Tartu_linnavalitsus, lk 11
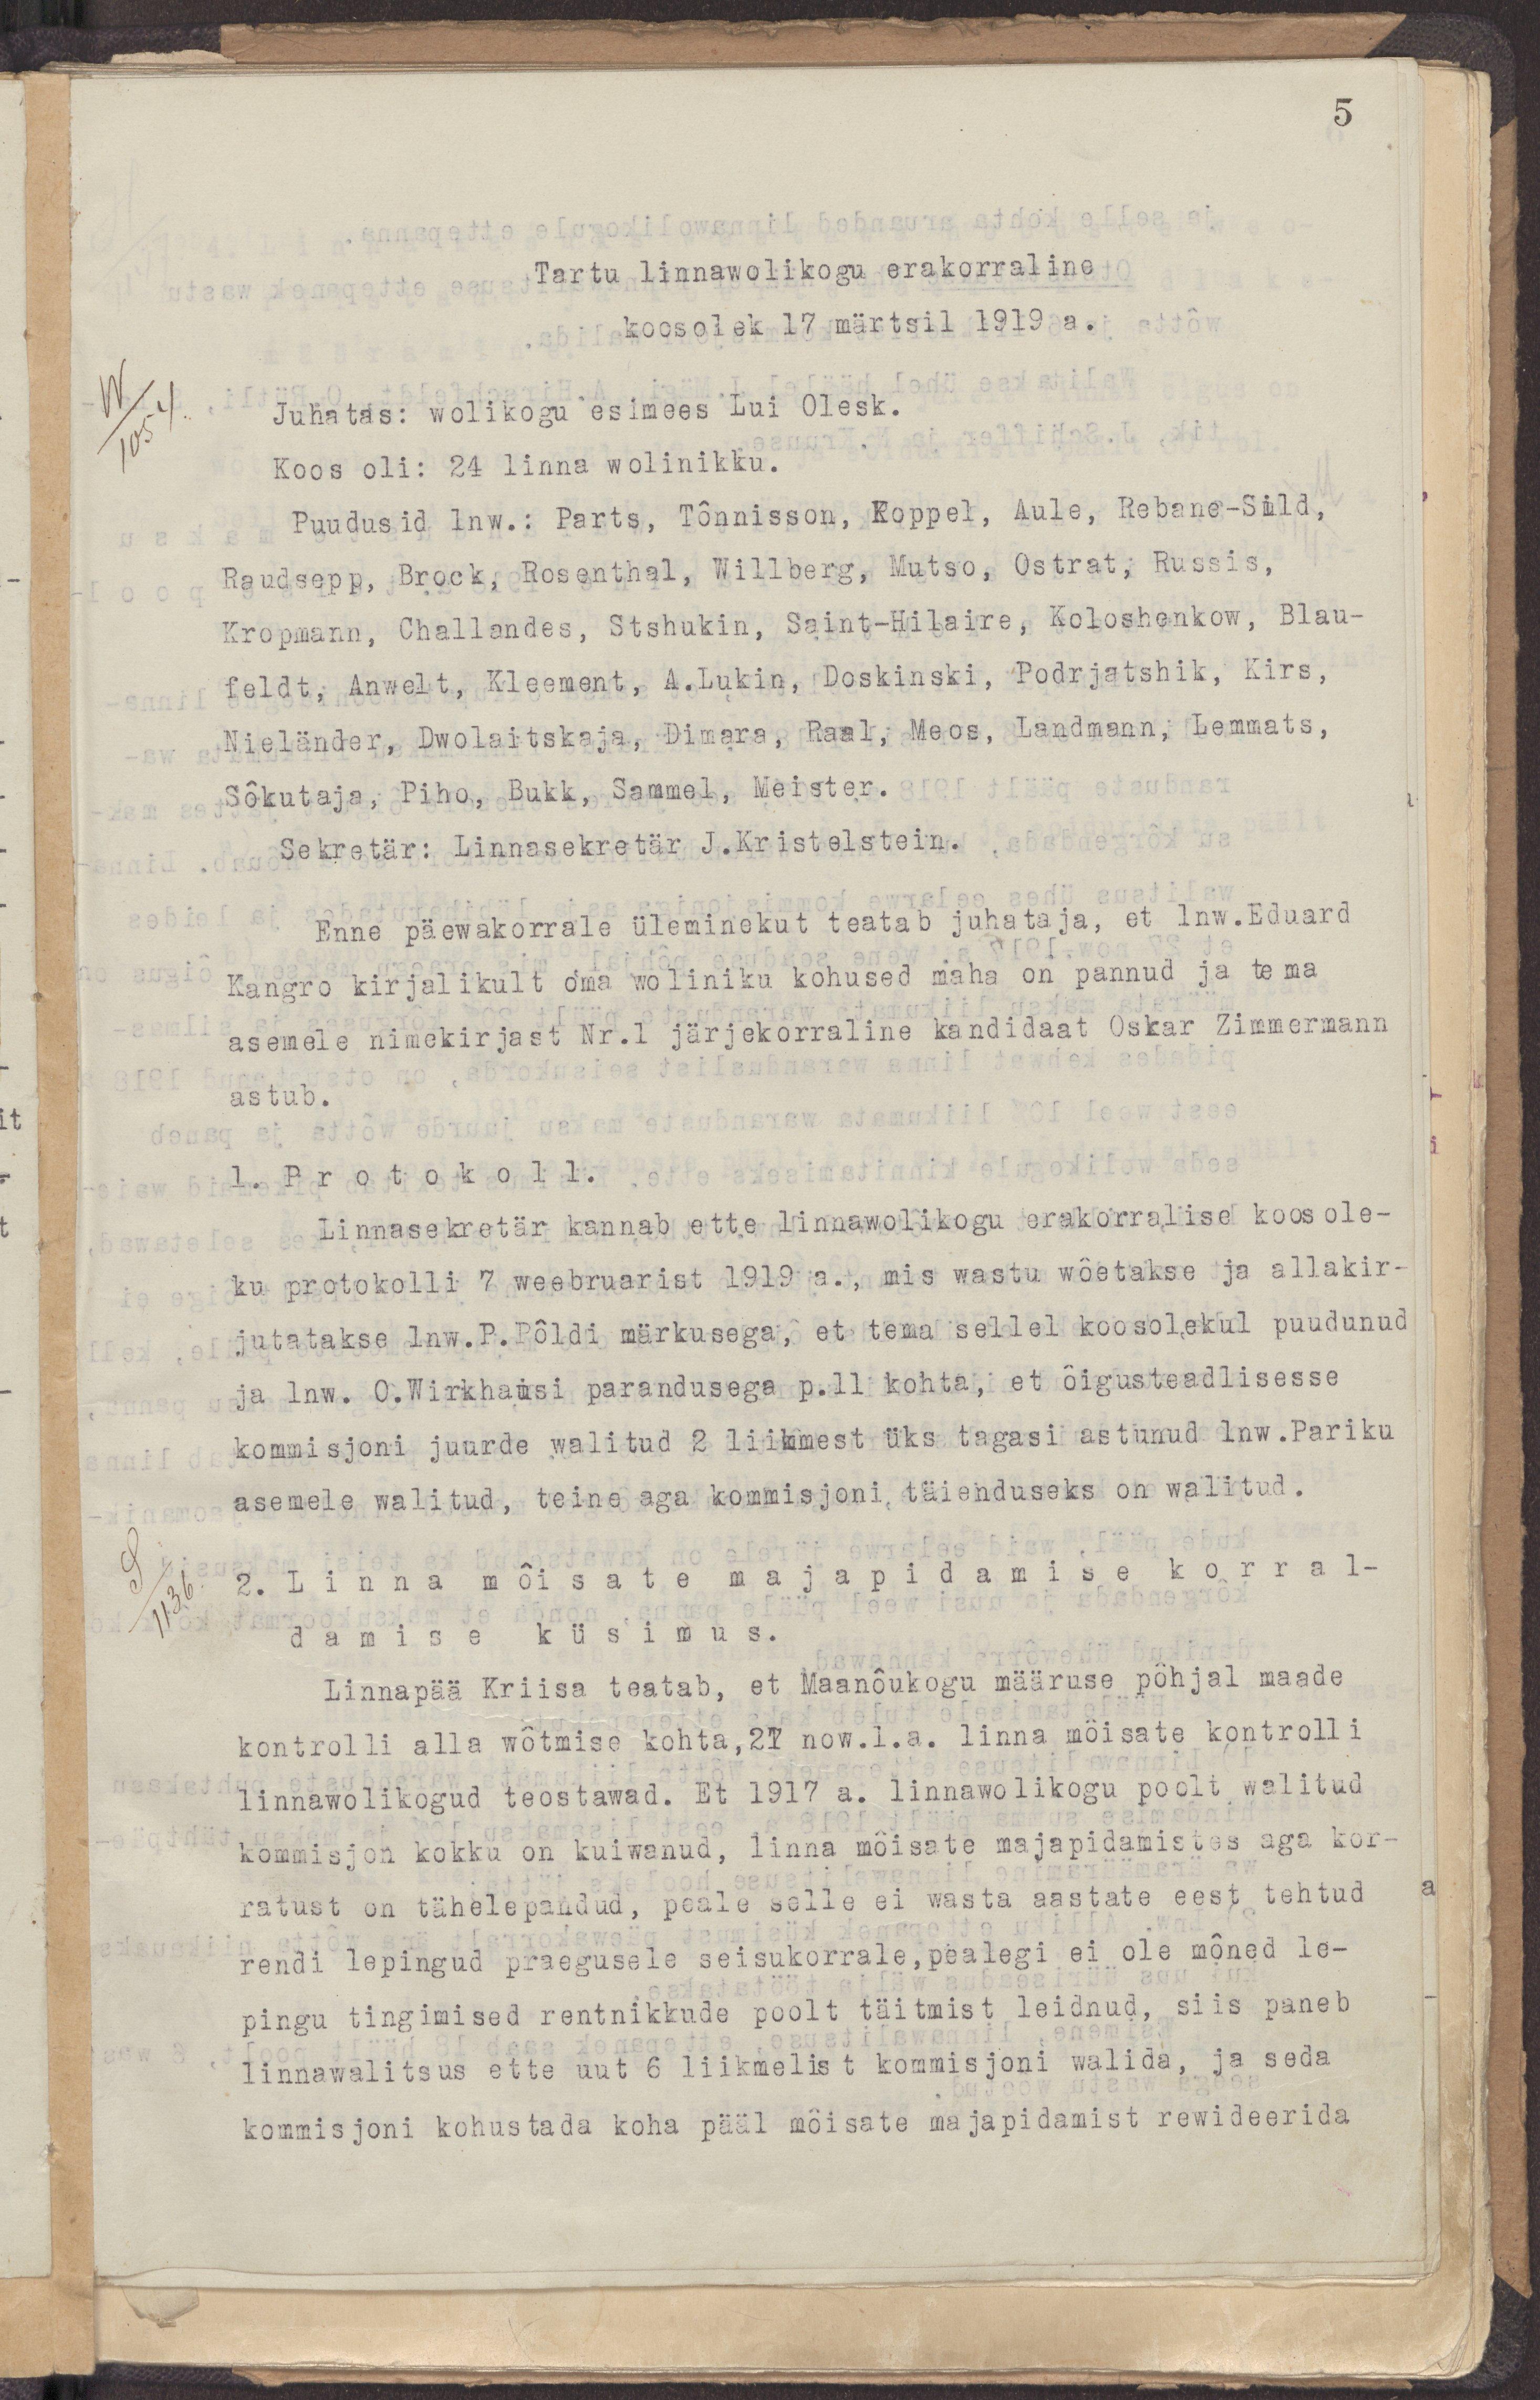
5
Tartu linnawolikogu erakorraline
koosolek 17 märtsil 1919 a.
Juhatas: wolikogu esimees Lui Olesk.
Koos oli: 24 linna wolinikku.
Puudusid lnw.: Parts, Tõnisson, Koppel, Aule, Rebane-Sild,
Raudsepp, Brock, Rosenthal, Willberg, Mutse, Ostrat, Russis,
Kropmann, Challandes, Stshukin, Saint-Hilaire, Koloshenkow, Blau-
feldt, Anwelt, Kleement, A.Lukin, Doskinski, Podrjatshik, Kirs,
Nieländer, Dwolaitskaja, Dimara, Raal, Meos, Landmann, Lemmats,
Sõkutaja, Piho, Bukk, Sammel, Meister.
Sekretär: Linnasekretär J.Kristelstein.
Enne päewakorrale üleminekut teatab juhataja, et lnw.Eduard
Kangro kirjalikult oma woliniku kohused maha on pannud ja tema
asemele nimekirjast Nr.1 järjekorraline kandidaat Oskar Zimmermann
astub.
1. Protokoll.
Linnasekretär kannab ette linnawolikogu erakorralise koosole-
ku protokolli 7 weebruarist 1919 a., mis wastu wõetakse ja allakir-
jutatakse lnw.P.Põldi märkusega, et tema sellel koosolekul puudunud
ja lnw. O.Wirkhamsi parandusega p.11 kohta, et õigusteadlisse
komisjoni juurde walitud 2 liikmest üks tagasi astunud lnw.Pariku
asemele walitud, teine aga kommisjoni täienduseks on walitud.
2. Linna mõisate majapidamise korral-
damise küsimus.
Linnapää Kriisa teatab, et Maanõukogu määruse põhjal maade
kontrolli alla wõtmise kohta 27 now. l. a. linna mõisate kontrolli
linnawolikogud teostawad. Et 1917 a. linnawolikogu poolt walitud
kommisjon kokku on kuiwanud, linna mõisate majapidamistes aga kor-
ratust on tähelepandud, peale selle ei wasta aastate eest tehtud
rendi lepingud praegusele seisukorrale, pealegi ei ole mõned le-
pingu tingimused rentnikkude poolt täitmist leidnud, siis paneb
linnawalitsus ette uut 6 liikmelist kommisjoni walida, ja seda
kommisjoni kohustada koha pääl mõisate majapidamist rewideerida